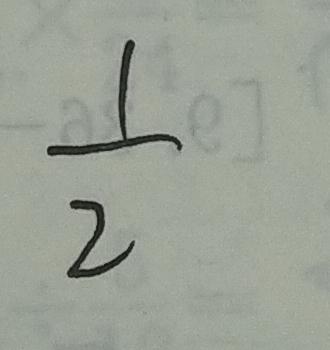
\frac { 1 } { 2 }